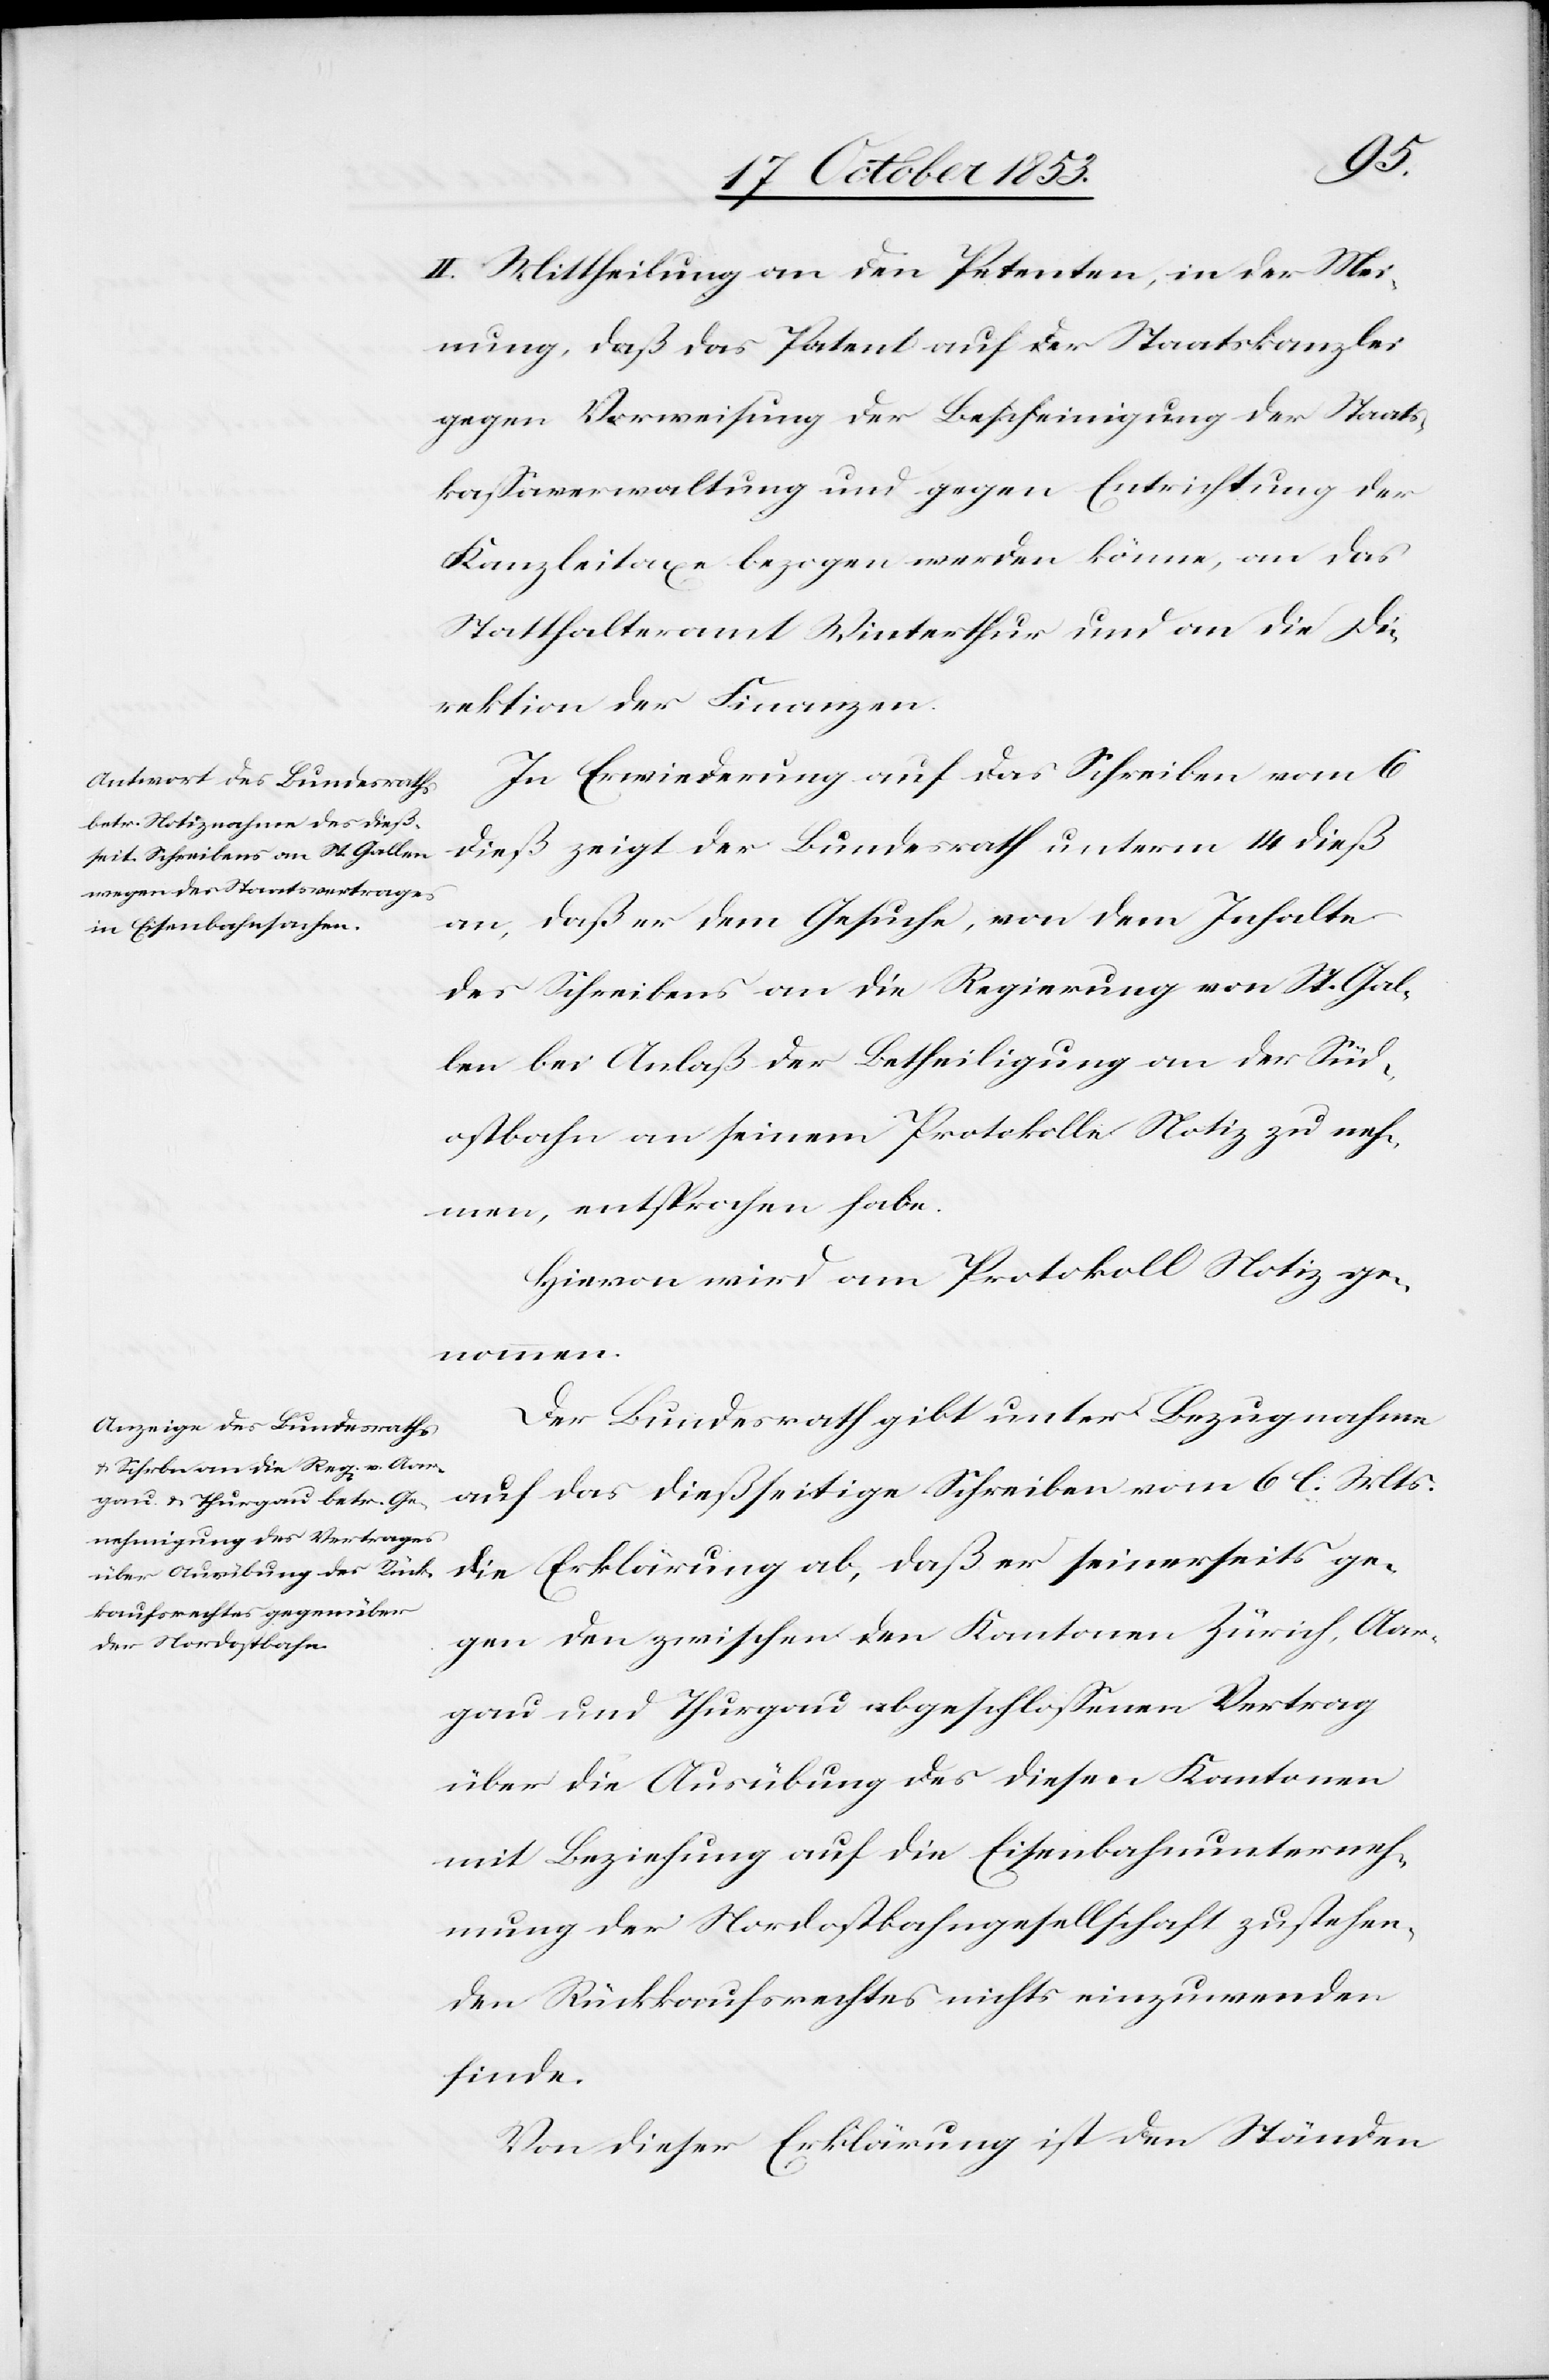
II. Mittheilung an den Petenten, in der Mei¬
nung, daß das Patent auf der Staatskanzlei
gegen Vorweisung der Bescheinigung der Staats¬
kaßaverwaltung und gegen Entrichtung der
Kanzleitaxe bezogen werden könne, an das
Statthalteramt Winterthur und an die Di¬
rektion der Finanzen.
In Erwiederung auf das Schreiben vom 6
dieß zeigt der Bundesrath unterm 14 dieß
an, daß er dem Gesuche, von dem Inhalte
des Schreibens an die Regierung von St. Gal¬
len bei Anlaß der Betheiligung an der Süd¬
ostbahn an seinem Protokoll Notiz zu neh¬
men, entsprochen habe.
Hievon wird am Protokoll Notiz ge¬
nommen.
Der Bundesrath gibt unter Bezugnahme
auf das dießseitige Schreiben vom 6 l. Mts
die Erklärung ab, daß er seinerseits ge¬
gen den zwischen den Kantonen Zürich, Aar¬
gau und Thurgau abgeschloßenen Vertrag
über die Ausübung des diesen Kantonen
mit Beziehung auf die Eisenbahnunterneh¬
mung der Nordostbahngesellschaft zu stehen¬
den Rückkaufsrechtes nichts einzuwenden
finde.
Von dieser Erklärung ist den Ständen